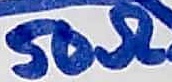
Text: 50Ω